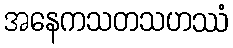
အနေကသတသဟဿံ